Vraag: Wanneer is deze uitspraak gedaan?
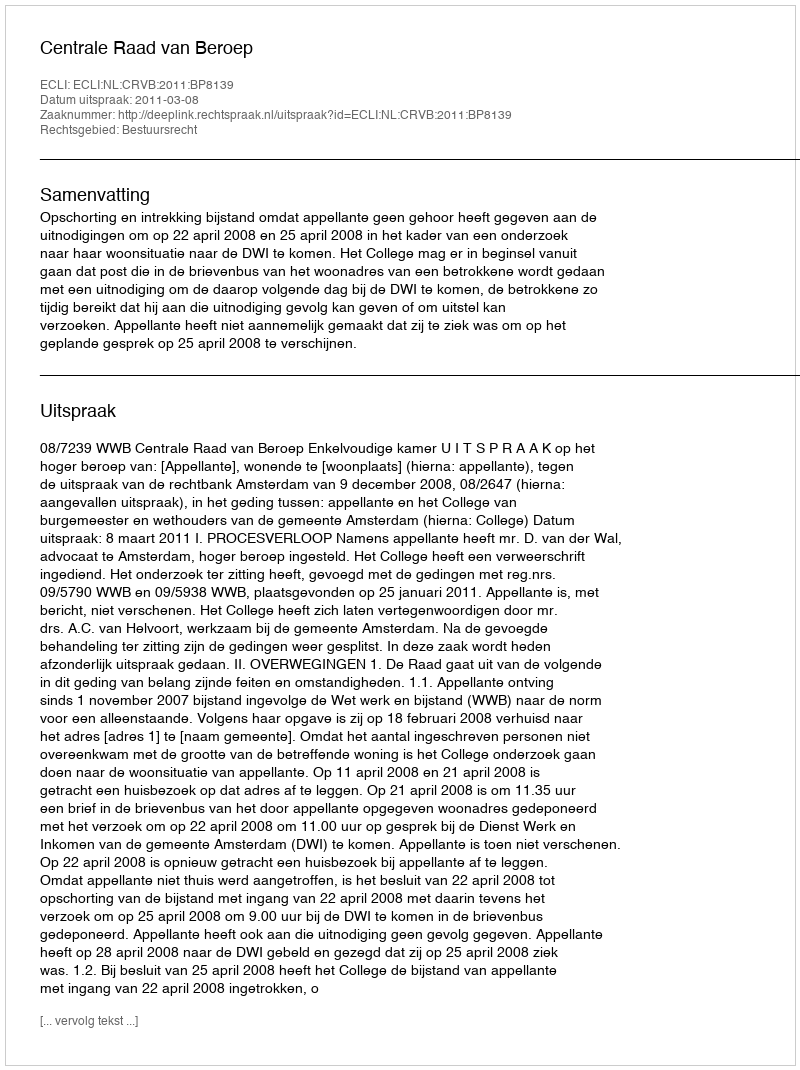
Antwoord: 2011-03-08